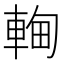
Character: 䡘